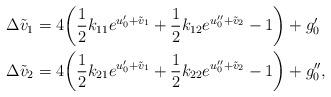
LaTeX: \begin{align*}\Delta \tilde{v}_1&=4\bigg(\dfrac{1}{2}k_{11}e^{u_0'+ \tilde{v}_1}+\dfrac{1}{2}k_{12}e^{u_0''+ \tilde{v}_2}-1\bigg)+g_0'\\\Delta \tilde{v}_2&=4\bigg(\dfrac{1}{2}k_{21}e^{u_0'+ \tilde{v}_1}+\dfrac{1}{2}k_{22}e^{u_0''+ \tilde{v}_2}-1\bigg)+g_0'',\end{align*}